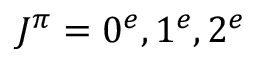
J ^ { \pi } = 0 ^ { e } , 1 ^ { e } , 2 ^ { e }